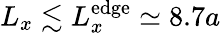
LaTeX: L_{x}\lesssim L_{x}^{\mathrm{edge}}\simeq 8.7a